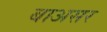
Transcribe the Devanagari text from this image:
बाअसर